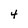
Character: 4